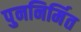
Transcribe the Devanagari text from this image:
पुननिर्मित